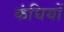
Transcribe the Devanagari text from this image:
कंघियों